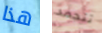
هذا تتجمد